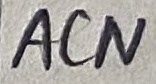
Text: ACN